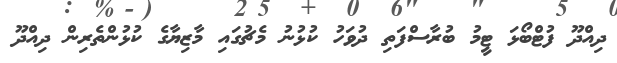
ދިއްދޫ ފުޓްބޯޅަ ޓީީމު ބުރާސްފަތި ދުވަހު ކުޅުނު މެޗުގައި މާޒިޔާގެ ކުޅުންތެެރިން ދިއްދޫ